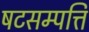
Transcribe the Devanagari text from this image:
षटसम्पत्ति